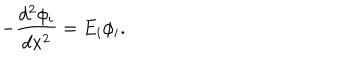
- \frac { d ^ { 2 } \phi _ { i } } { d x ^ { 2 } } = E _ { i } \phi _ { i } .